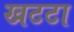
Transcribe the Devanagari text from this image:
खटटा